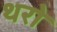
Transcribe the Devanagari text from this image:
थरो